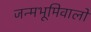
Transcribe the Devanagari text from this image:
जन्मभूमिवालों